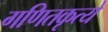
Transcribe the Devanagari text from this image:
गणितकृत्ये